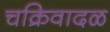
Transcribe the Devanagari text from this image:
चक्रिवादळ